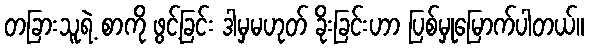
တခြားသူရဲ့ စာကို ဖွင့်ခြင်း ဒါမှမဟုတ် ခိုးခြင်းဟာ ပြစ်မှုမြောက်ပါတယ်။